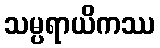
သမ္ပရာယိကဿ